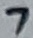
Text: 7